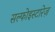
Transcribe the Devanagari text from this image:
सल्फोइस्टारेज़